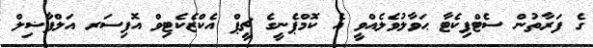
ގެ ފަރާތުން ސެޓްފިކެޓާ ޙަވާލުވެލެއްވީ އެ ކޮމްޕެނީގެ ޗީޕް އެކްޒެކެޓިވް އޮފިސަރ އަލްފާޟިލް